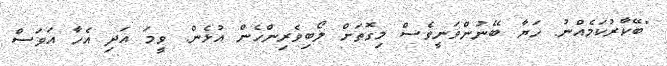
"ބޭކާރުކަމެއްނު. ހަޔާ ބޭނުންވަނީވެސް މިގޮތަށް ލޯބިވެރިންހެން އުޅެން. ވީމަ އަދި އެހާ އަވަސް